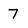
Character: 7